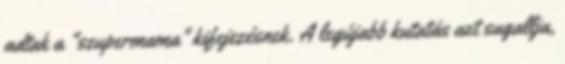
adtak a "szupermama" kifejezésnek. A legújabb kutatás azt sugallja,